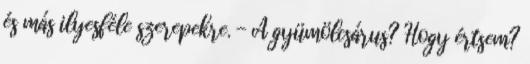
és más ilyesféle szerepekre. - A gyümölcsárus? Hogy értsem?